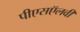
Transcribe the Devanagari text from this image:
पीएसऍलवी